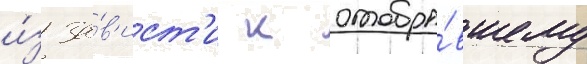
и́з за́в'ист'и к отобра́вшему